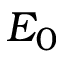
E _ { 0 }